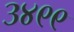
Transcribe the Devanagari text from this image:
३४९९